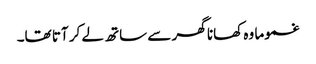
غموما وہ کھانا گھر سے ساتھ لے کر آتا تھا۔